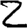
Digit: 2